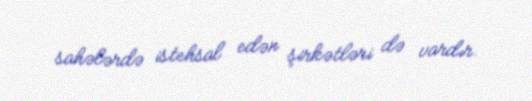
sahələrdə istehsal edən şirkətləri də vardır.